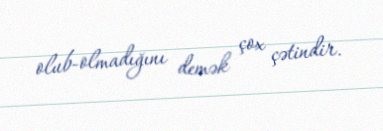
olub-olmadığını demək çox çətindir.